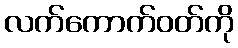
လက်ကောက်ဝတ်ကို